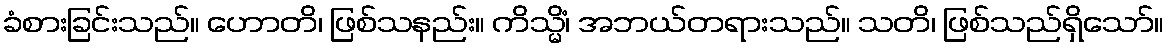
ခံစားခြင်းသည်။ ဟောတိ၊ ဖြစ်သနည်း။ ကိသ္မိံ၊ အဘယ်တရားသည်။ သတိ၊ ဖြစ်သည်ရှိသော်။